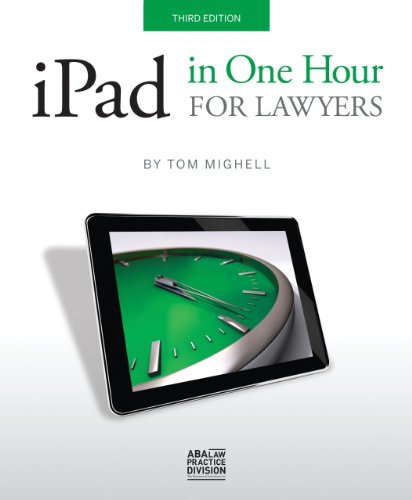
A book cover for iPad in One Hour for Lawyers; Tom Mighell; Computers & Technology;